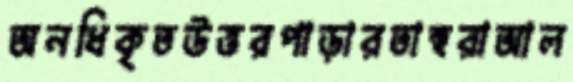
অনধিকৃতউত্তরপাড়ারতাহুরাআল